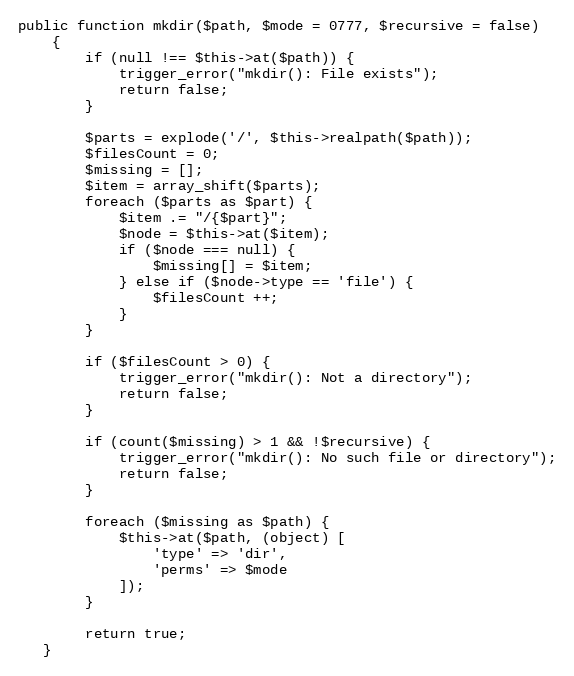
Language: PHP
public function mkdir($path, $mode = 0777, $recursive = false)
    {
        if (null !== $this->at($path)) {
            trigger_error("mkdir(): File exists");
            return false;
        }

        $parts = explode('/', $this->realpath($path));
        $filesCount = 0;
        $missing = [];
        $item = array_shift($parts);
        foreach ($parts as $part) {
            $item .= "/{$part}";
            $node = $this->at($item);
            if ($node === null) {
                $missing[] = $item;
            } else if ($node->type == 'file') {
                $filesCount ++;
            }
        }

        if ($filesCount > 0) {
            trigger_error("mkdir(): Not a directory");
            return false;
        }

        if (count($missing) > 1 && !$recursive) {
            trigger_error("mkdir(): No such file or directory");
            return false;
        }

        foreach ($missing as $path) {
            $this->at($path, (object) [
                'type' => 'dir',
                'perms' => $mode
            ]);
        }

        return true;
   }